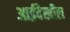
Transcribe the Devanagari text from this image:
आईदेखील